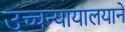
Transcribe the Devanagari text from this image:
उच्चन्यायालयाने